Vaccination in Burma 1900-1911 - 1900-1911
Year: 1900
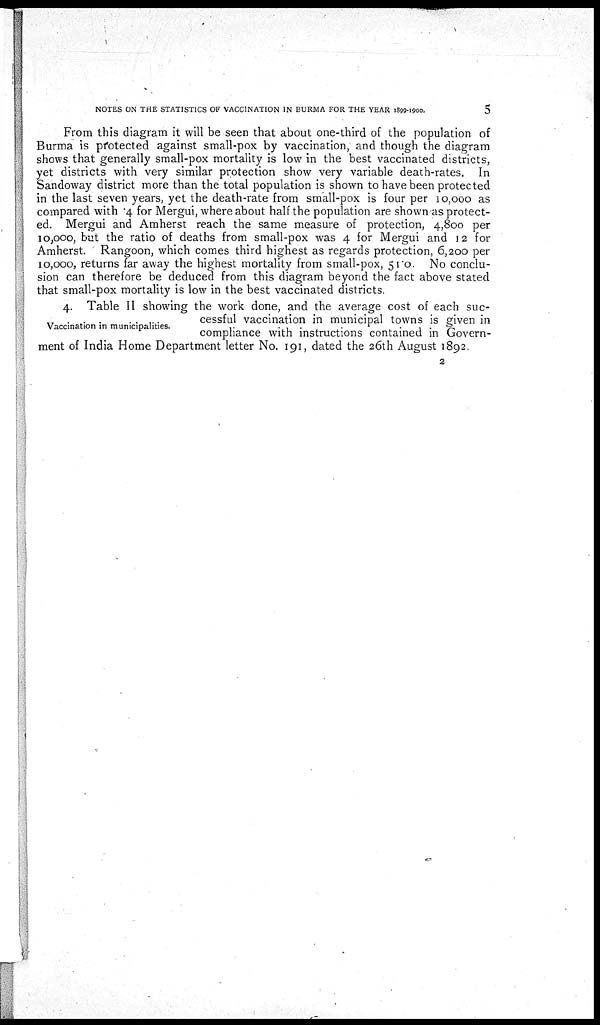
NOTES ON THE STATISTICS OF VACCINATION IN BURMA FOR THE YEAR 1899-1900.
5
From this diagram it will be seen that about one-third of the population of
Burma is protected against small-pox by vaccination, and though the diagram
shows that generally small-pox mortality is low in the best vaccinated districts,
yet districts with very similar protection show very variable death-rates. In
Sandoway district more than the total population is shown to have been protected
in the last seven years, yet the death-rate from small-pox is four per 10,000 as
compared with .4 for Mergui, where about half the population are shown as protect-
ed. Mergui and Amherst reach the same measure of protection, 4,800 per
10,000, but the ratio of deaths from small-pox was 4 for Mergui and 12 for
Amherst. Rangoon, which comes third highest as regards protection, 6,200 per
10,000, returns far away the highest mortality from small-pox, 51.0. No conclu-
sion can therefore be deduced from this diagram beyond the fact above stated
that small-pox mortality is low in the best vaccinated districts.
Vaccination in municipalities.
4. Table II showing the work done, and the average cost of each suc-
cessful vaccination in municipal towns is given in
compliance with instructions contained in Govern-
ment of India Home Department letter No. 191, dated the 26th August 1892.
2